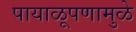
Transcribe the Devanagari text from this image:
पायाळूपणामुळे